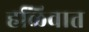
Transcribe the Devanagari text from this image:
हळिवात